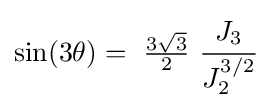
\sin(3\theta )=~{\tfrac {3{\sqrt {3}}}{2}}~{\cfrac {J_{3}}{J_{2}^{3/2}}}